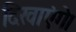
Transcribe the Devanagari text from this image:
दिखाएंगे।